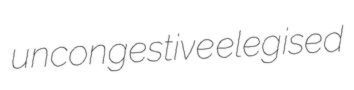
uncongestive elegised